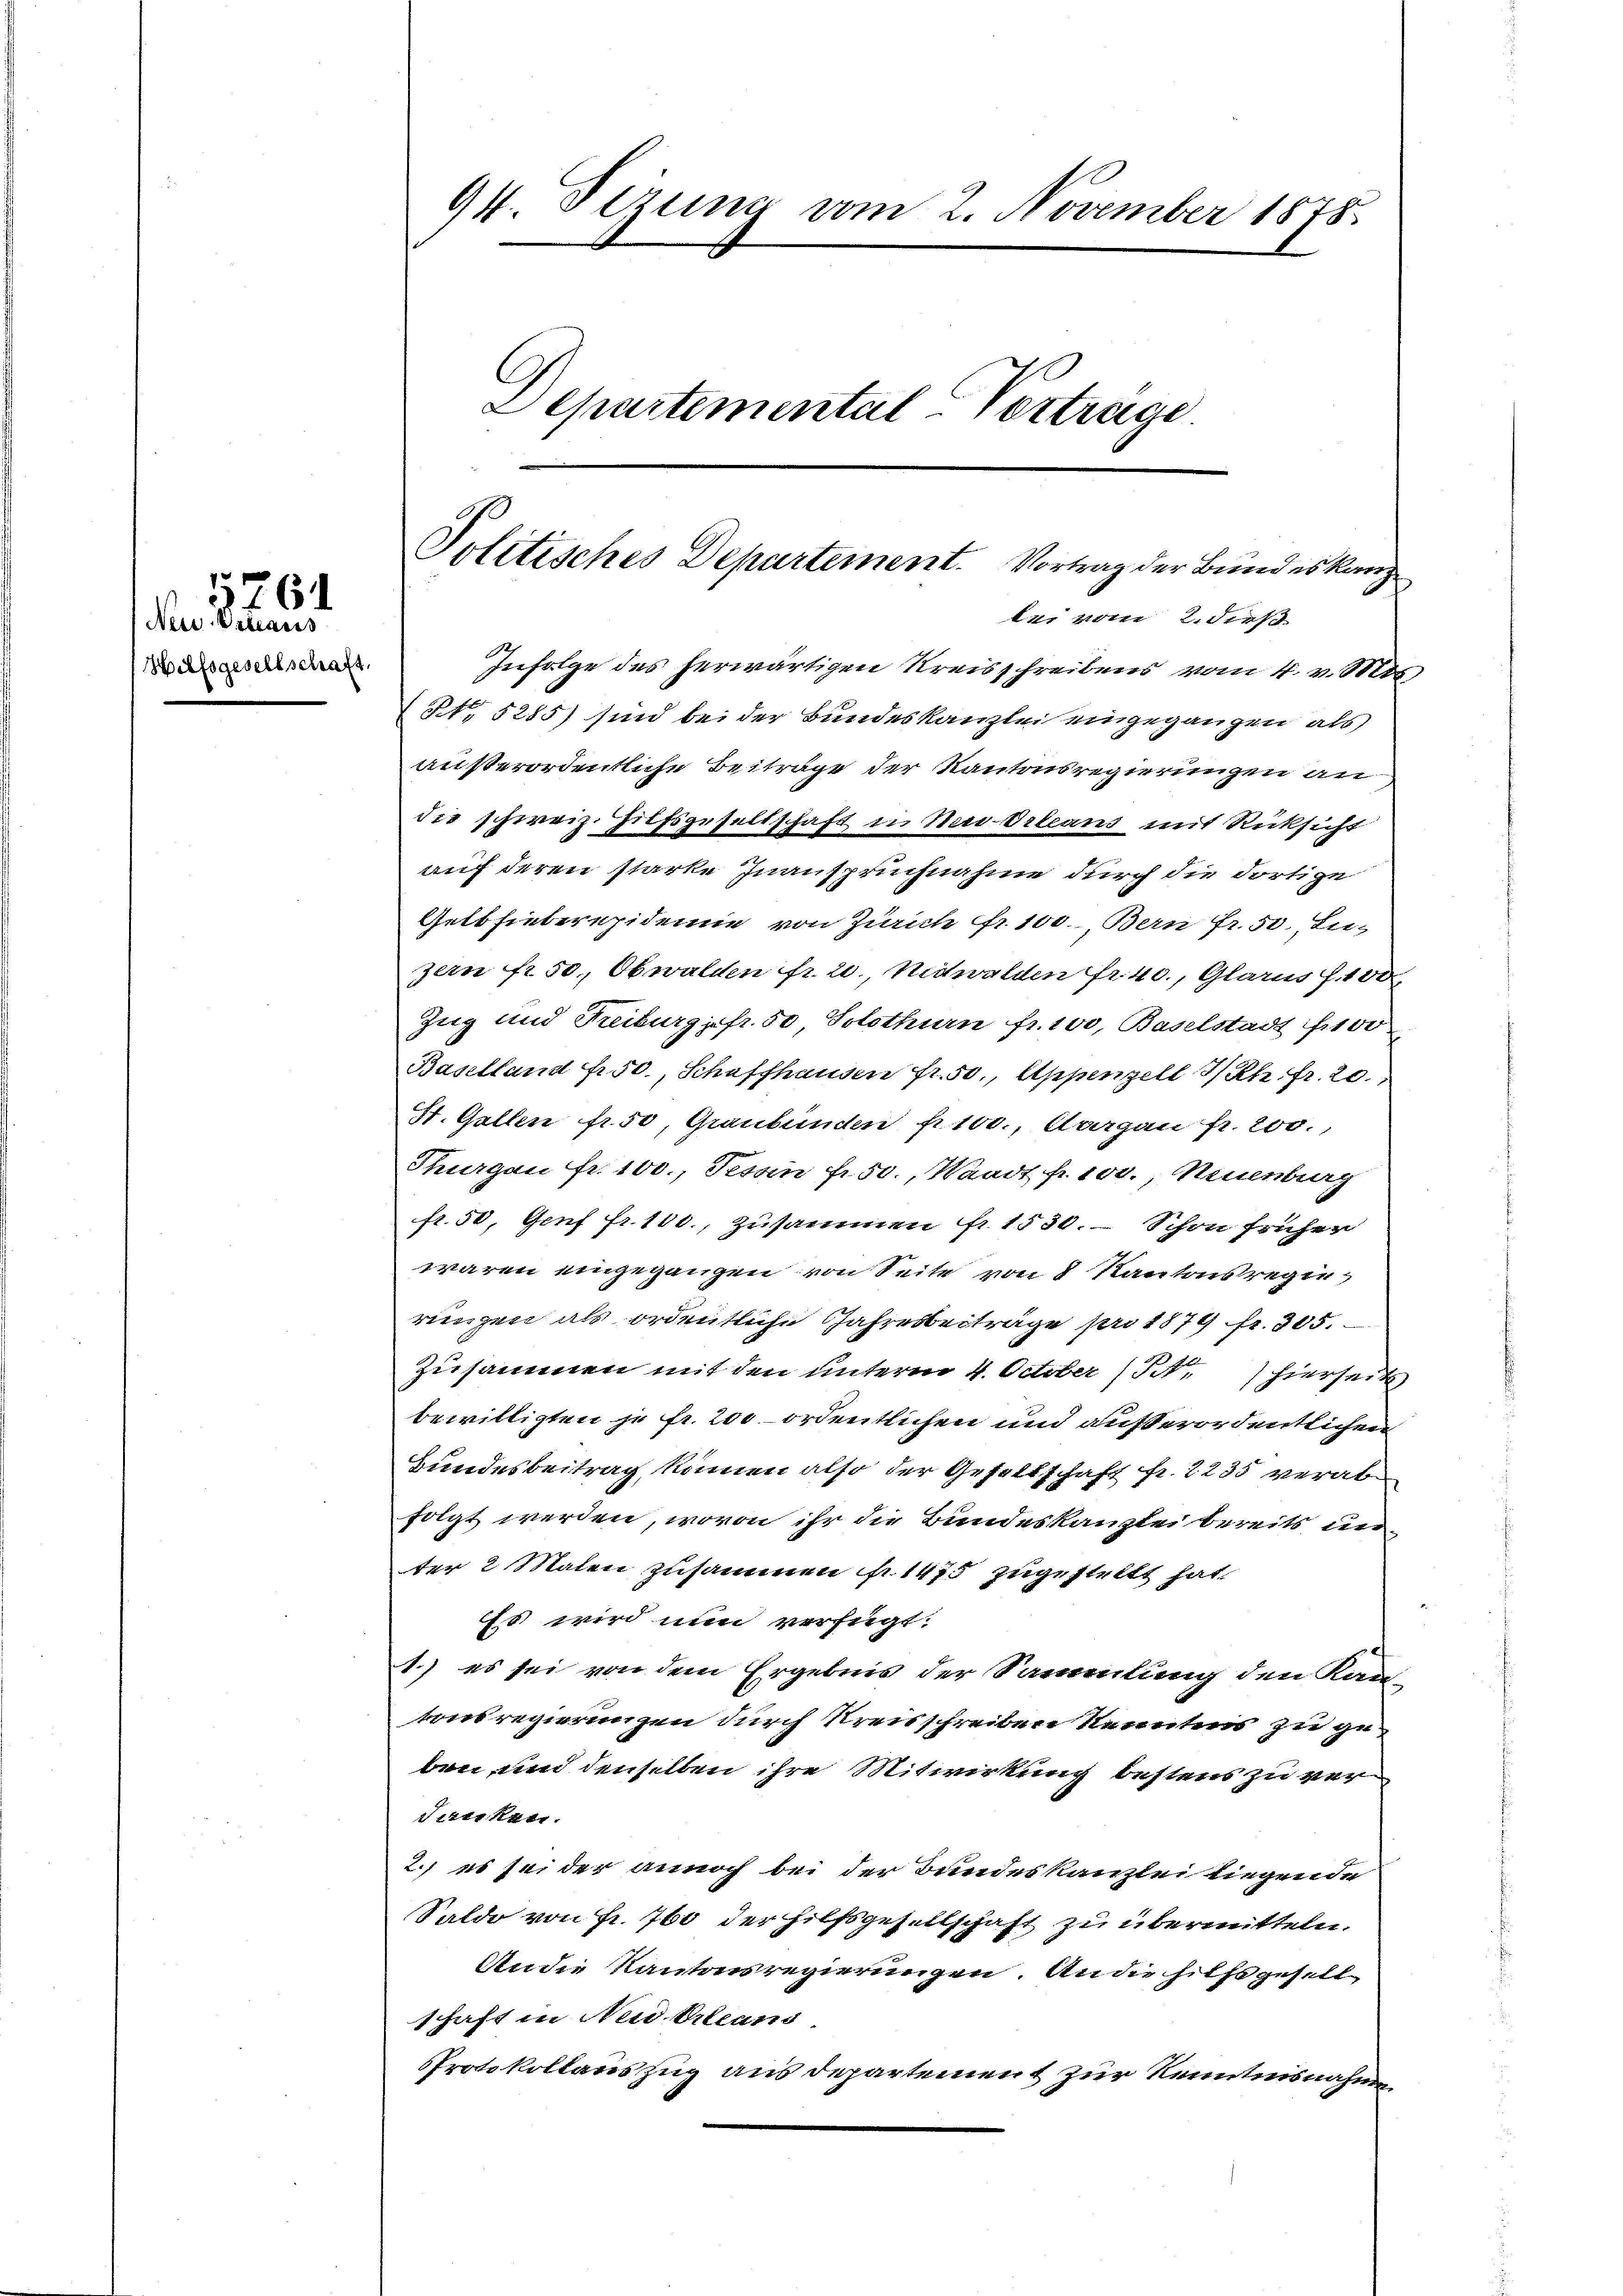
Ness Osteress
Hilfsgesellschaft,

11761

94. Sizung vom 2. November 1878
s
Departemental-Vertrage

Politisches Departement. Vortrag der Bundeskanz
bei vom 2. ders

Infolge des herwärtigen Kreisschreibens vom 4. v. Mts.
NNo. 5285) sind bei der Bundeskanzlei eingegangen als
außerordentliche Beitrage der Kantonsregierungen an
dee schweiz. Hilfsgesellschaft u. Nur Orleans mit Rücksicht
auf deren starke Inanspruchnahme durch die dortige
Gelbsieberepidemie von Zürich fr. 100. Bern Fr. 50, Lu-
zern fr. 50, Obwalden fr. 2., Nidwalden fr. 40, Glarus f. 100
Zug und Treiburg fr. 50, Solothurn fr. 100, Baselstadt 1100
Baselland p. 50., Schaffhausen Fr. 50, Appenzell I/Rh. fr. 20
St. Gallen fr. 50, Graubünden 100., Aargau fr. 200.,
Thurgau fr. 100., Tessin fr. 50., Waadt fr. 100., Neuenburg
fr. 50, Genf fr. 100., zusammen fr. 1530. Schon früher
waren eingegangen von Seite von 8 Kantonsregie
rungen als ordentliche Jahresbeiträge pro 1879 Fr. 305.
Zusammen mit den unterm 4. October (S. hierseits
bewilligten je Fr. 200 ordentlichen und außerordentlichen
Bundesbeitrag können also der Gehaltschaft fr. 2235 verabfolgt werden, wovon ihr die Bundeskanzlei bereits unter 2 Malen zusammen fr. 147 zugestellt hat.
iss wird nun verfügt:
1.) es sei von dem Ergebnis der Sammlung den Kan-
tonsregierungen durch Kreisschreiben kenntens zu geben und denselben ihre Mitwirkung bestens zu ver¬
Sinken.
2.) es sei der annoch bei der Bundeskanzlei liegende
Saldo von Fr. 760 der Hilfsgesellschaft zu übermitteln.
An die Kantonsregierungen. An die hilfsgesell
schaft in Neid erleans
Protokollauszug aus departement zur Kenntnisnahme